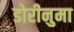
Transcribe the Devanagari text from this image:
डोरीनुमा